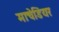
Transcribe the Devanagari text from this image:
माचेडियर